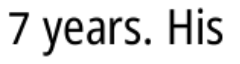
7 years. His